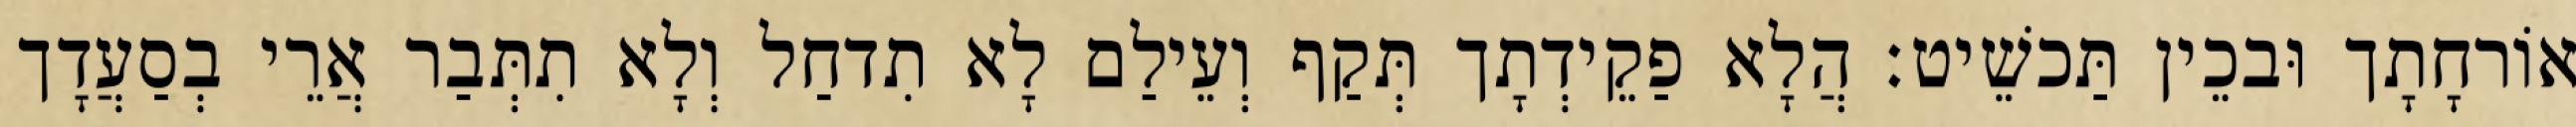
אוֹרחָתָך וּבכֵין תַּכשֵׁיט׃ הֲלָא פַקֵידְתָך תְּקַף וְעֵילַם לָא תִדחַל וְלָא תִתְּבַר אֲרֵי בְסַעֲדָך